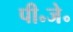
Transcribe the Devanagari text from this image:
पी॰जे॰